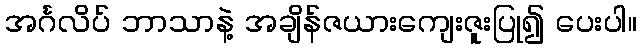
အင်္ဂလိပ် ဘာသာနဲ့ အချိန်ဇယားကျေးဇူးပြု၍ ပေးပါ။